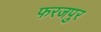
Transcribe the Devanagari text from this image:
फरजपुर